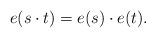
LaTeX: \begin{align*} e(s\cdot t)=e(s)\cdot e(t).\end{align*}